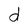
Character: d